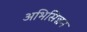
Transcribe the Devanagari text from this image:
अभिसिञ्चन